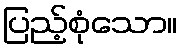
ပြည့်စုံသော။